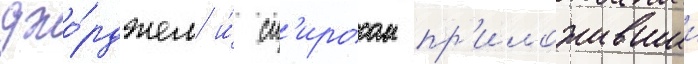
джо́рджем и́ сп'иросом пр'иложившии